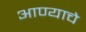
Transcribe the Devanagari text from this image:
आण्याचे